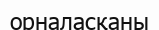
орналасқаны